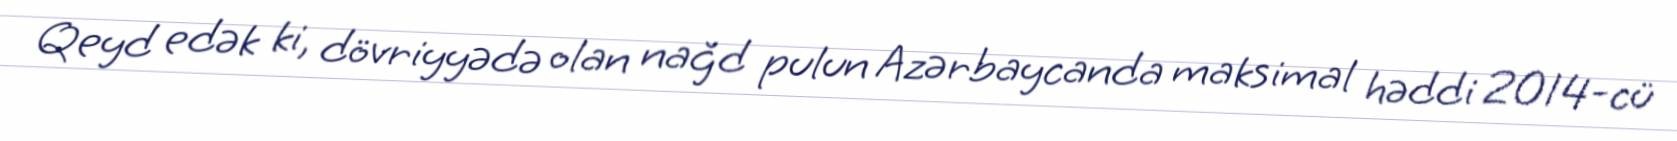
Qeyd edək ki, dövriyyədə olan nağd pulun Azərbaycanda maksimal həddi 2014-cü